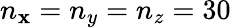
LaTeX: {n_{\mathbf{x}}=n_{y}=n_{z}=30}